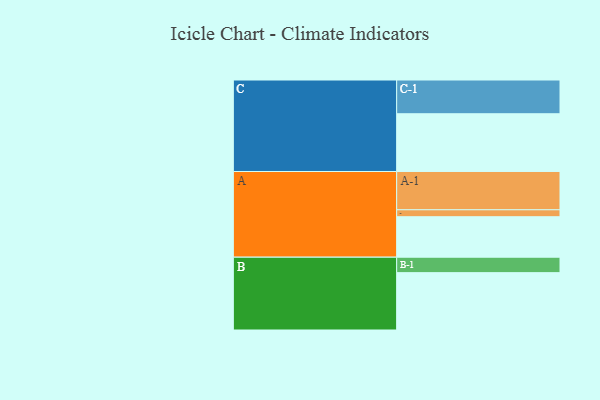
{"axis": {"x": "Segment", "y": "Value"}, "legend": ["", "A", "B", "C"], "data": [{"x": "A", "y": 314, "type": ""}, {"x": "B", "y": 445, "type": ""}, {"x": "C", "y": 448, "type": ""}, {"x": "A-1", "y": 297, "type": "A"}, {"x": "A-2", "y": 54, "type": "A"}, {"x": "B-1", "y": 120, "type": "B"}, {"x": "C-1", "y": 262, "type": "C"}]}